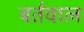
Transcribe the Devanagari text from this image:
बर्तवाल